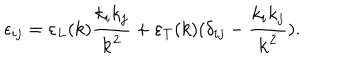
\epsilon _ { i j } = \varepsilon _ { L } ( k ) { \frac { k _ { i } k _ { j } } { { \bf k } ^ { 2 } } } + \varepsilon _ { T } ( k ) ( \delta _ { i j } - { \frac { k _ { i } k _ { j } } { { \bf k } ^ { 2 } } } ) .